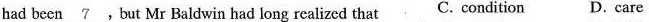
had been \underline{7}，But Mr Baldwin had long realized that C. condition D. care